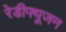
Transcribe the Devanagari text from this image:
रेडीफ्यूजन